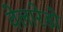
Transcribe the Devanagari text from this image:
वेलारेडो